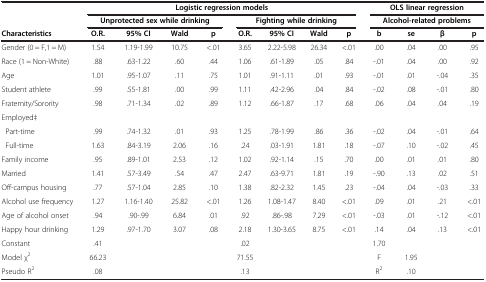
<table><thead><tr><td><b> </b></td><td colspan="8"><b>Logistic regression models</b></td><td colspan="4"><b>OLS linear regression</b></td></tr><tr><td><b> </b></td><td colspan="4"><b>Unprotected sex while drinking</b></td><td colspan="4"><b>Fighting while drinking</b></td><td colspan="4"><b>Alcohol-related problems</b></td></tr><tr><td><b>Characteristics</b></td><td><b>O.R.</b></td><td><b>95% CI</b></td><td><b>Wald</b></td><td><b>p</b></td><td><b>O.R.</b></td><td><b>95% CI</b></td><td><b>Wald</b></td><td><b>p</b></td><td><b>b</b></td><td><b>se</b></td><td><b>β</b></td><td><b>p</b></td></tr></thead><tbody><tr><td>Gender (0 = F,1 = M)</td><td>1.54</td><td>1.19-1.99</td><td>10.75</td><td>&lt;.01</td><td>3.65</td><td>2.22-5.98</td><td>26.34</td><td>&lt;.01</td><td>.00</td><td>.04</td><td>.00</td><td>.95</td></tr><tr><td>Race (1 = Non-White)</td><td>.88</td><td>.63-1.22</td><td>.60</td><td>.44</td><td>1.06</td><td>.61-1.89</td><td>.05</td><td>.84</td><td>-.01</td><td>.04</td><td>.00</td><td>.92</td></tr><tr><td>Age</td><td>1.01</td><td>.95-1.07</td><td>.11</td><td>.75</td><td>1.01</td><td>.91-1.11</td><td>.01</td><td>.93</td><td>-.01</td><td>.01</td><td>-.04</td><td>.35</td></tr><tr><td>Student athlete</td><td>.99</td><td>.55-1.81</td><td>.00</td><td>.99</td><td>1.11</td><td>.42-2.96</td><td>.04</td><td>.84</td><td>-.02</td><td>.08</td><td>-.01</td><td>.80</td></tr><tr><td>Fraternity/Sorority</td><td>.98</td><td>.71-1.34</td><td>.02</td><td>.89</td><td>1.12</td><td>.66-1.87</td><td>.17</td><td>.68</td><td>.06</td><td>.04</td><td>.04</td><td>.19</td></tr><tr><td>Employed‡</td><td> </td><td> </td><td> </td><td> </td><td> </td><td> </td><td> </td><td> </td><td> </td><td> </td><td> </td><td> </td></tr><tr><td> Part-time</td><td>.99</td><td>.74-1.32</td><td>.01</td><td>.93</td><td>1.25</td><td>.78-1.99</td><td>.86</td><td>.36</td><td>-.02</td><td>.04</td><td>-.01</td><td>.64</td></tr><tr><td> Full-time</td><td>1.63</td><td>.84-3.19</td><td>2.06</td><td>.16</td><td>.24</td><td>.03-1.91</td><td>1.81</td><td>.18</td><td>-.07</td><td>.10</td><td>-.02</td><td>.45</td></tr><tr><td>Family income</td><td>.95</td><td>.89-1.01</td><td>2.53</td><td>.12</td><td>1.02</td><td>.92-1.14</td><td>.15</td><td>.70</td><td>.00</td><td>.01</td><td>.01</td><td>.80</td></tr><tr><td>Married</td><td>1.41</td><td>.57-3.49</td><td>.54</td><td>.47</td><td>2.47</td><td>.63-9.71</td><td>1.81</td><td>.19</td><td>-.90</td><td>.13</td><td>.02</td><td>.51</td></tr><tr><td>Off-campus housing</td><td>.77</td><td>.57-1.04</td><td>2.85</td><td>.10</td><td>1.38</td><td>.82-2.32</td><td>1.45</td><td>.23</td><td>-.04</td><td>.04</td><td>-.03</td><td>.33</td></tr><tr><td>Alcohol use frequency</td><td>1.27</td><td>1.16-1.40</td><td>25.82</td><td>&lt;.01</td><td>1.26</td><td>1.08-1.47</td><td>8.40</td><td>&lt;.01</td><td>.09</td><td>.01</td><td>.21</td><td>&lt;.01</td></tr><tr><td>Age of alcohol onset</td><td>.94</td><td>.90-.99</td><td>6.84</td><td>.01</td><td>.92</td><td>.86-.98</td><td>7.29</td><td>&lt;.01</td><td>-.03</td><td>.01</td><td>-.12</td><td>&lt;.01</td></tr><tr><td>Happy hour drinking</td><td>1.29</td><td>.97-1.70</td><td>3.07</td><td>.08</td><td>2.18</td><td>1.30-3.65</td><td>8.75</td><td>&lt;.01</td><td>.14</td><td>.04</td><td>.13</td><td>&lt;.01</td></tr><tr><td>Constant</td><td>.41</td><td> </td><td> </td><td> </td><td>.02</td><td> </td><td> </td><td> </td><td>1.70</td><td> </td><td> </td><td> </td></tr><tr><td>Model χ<sup>2</sup></td><td>66.23</td><td> </td><td> </td><td> </td><td>71.55</td><td> </td><td> </td><td> </td><td>F</td><td>1.95</td><td> </td><td> </td></tr><tr><td>Pseudo R<sup>2</sup></td><td>.08</td><td> </td><td> </td><td> </td><td>.13</td><td> </td><td> </td><td> </td><td>R<sup>2</sup></td><td>.10</td><td> </td><td> </td></tr></tbody></table>